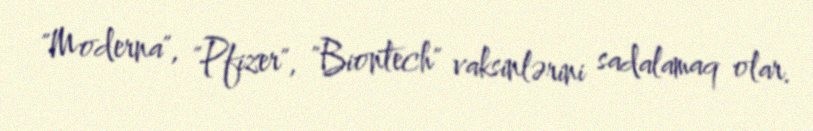
"Moderna", "Pfizer", "Biontech" vaksinlərini sadalamaq olar.